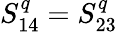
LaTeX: S_{14}^{q}=S_{23}^{q}